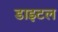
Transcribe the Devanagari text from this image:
डाइटल